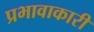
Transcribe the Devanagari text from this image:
प्रभावाकारी